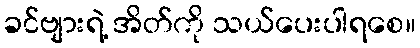
ခင်ဗျားရဲ့ အိတ်ကို သယ်ပေးပါရစေ။